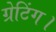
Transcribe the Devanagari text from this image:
ग्रेटिंग।